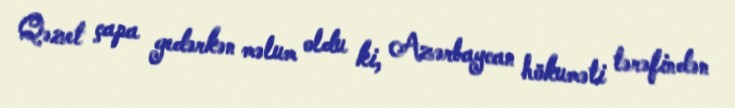
Qəzet çapa gedərkən məlum oldu ki, Azərbaycan hökuməti tərəfindən